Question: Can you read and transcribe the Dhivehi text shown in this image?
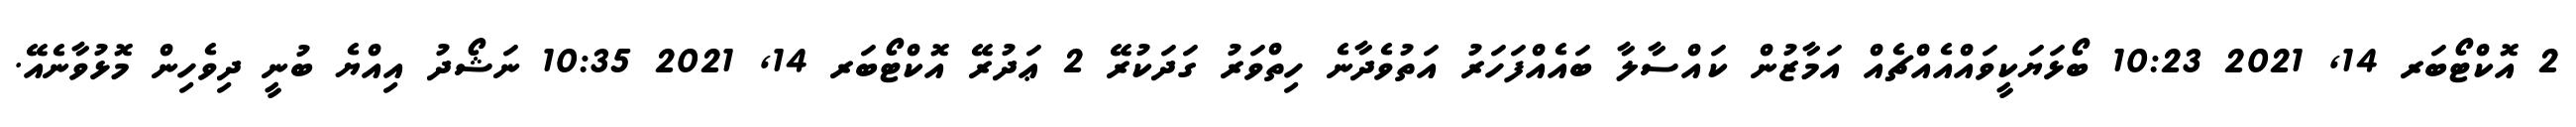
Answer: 2 އޮކްޓޯބަރ 14, 2021 10:23 ބޯޅަޔަކީވައްއެއްޗެއް އަމާޒުން ކައްސާލާ ބައެއްފަހަރު އަތުވެދާނެ ހިތްވަރު ގަދަކުރޭ 2 ޢަދުރޭ އޮކްޓޯބަރ 14, 2021 10:35 ނަޝޯދު އިއްޔެ ބުނީ ދިވެހިން މޮޅުވާނެއޭ.